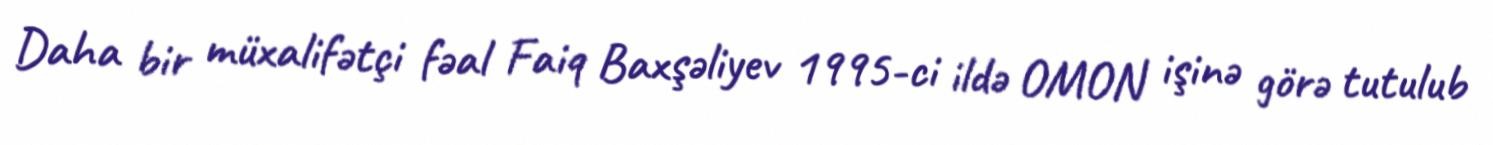
Daha bir müxalifətçi fəal Faiq Baxşəliyev 1995-ci ildə OMON işinə görə tutulub